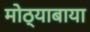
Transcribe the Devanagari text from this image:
मोठ्याबाया